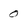
Character: 0